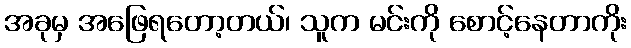
အခုမှ အဖြေရတော့တယ်၊ သူက မင်းကို စောင့်နေတာကိုး